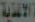
الاغذية